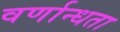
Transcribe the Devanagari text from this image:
वर्णान्धता